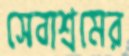
সেবাশ্রমের